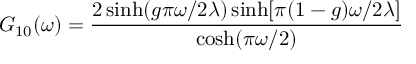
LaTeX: G _ { 1 0 } ( \omega ) = \frac { 2 \sinh ( g \pi \omega / 2 \lambda ) \sinh [ \pi ( 1 - g ) \omega / 2 \lambda ] } { \cosh ( \pi \omega / 2 ) }